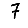
Digit: 7